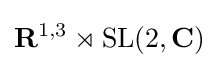
\mathbf {R} ^{1,3}\rtimes \operatorname {SL} (2,\mathbf {C} )